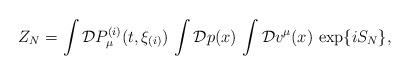
LaTeX: \begin{align*}Z_N = \int {\cal D} P_{\mu}^{(i)}(t,\xi_{(i)})\, \int {\cal D} p(x) \, \int {\cal D} v^{\mu}(x)\, \exp \{i S_N \}, \end{align*}